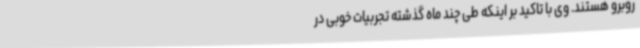
روبرو هستند. وی با تاکید بر اینکه طی چند ماه گذشته تجربیات خوبی در